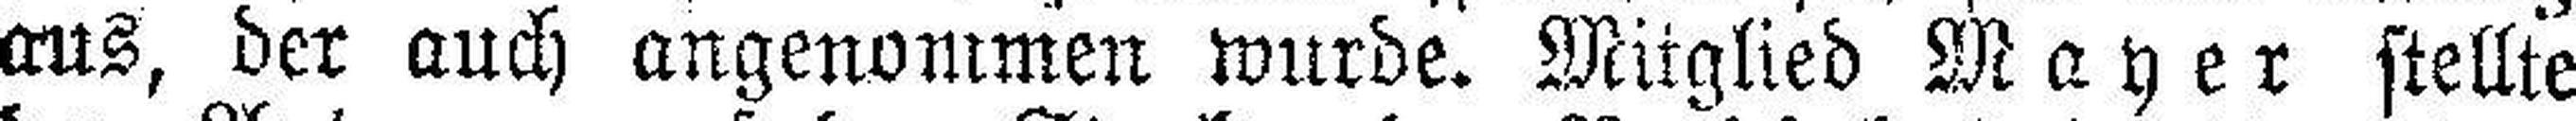
aus, der auch angenommen wurde. Mitglied Mayer stellte